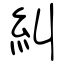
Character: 糾